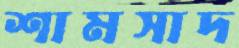
শামসাদ